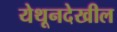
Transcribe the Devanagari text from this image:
येथूनदेखील